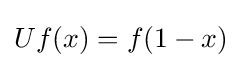
Uf(x)=f(1-x)